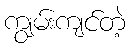
ကျွမ်းကျင်တဲ့